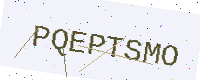
Text: PQEPTSMO